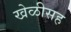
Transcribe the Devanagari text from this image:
खेळीसह